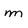
Character: m